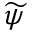
\widetilde { \psi }